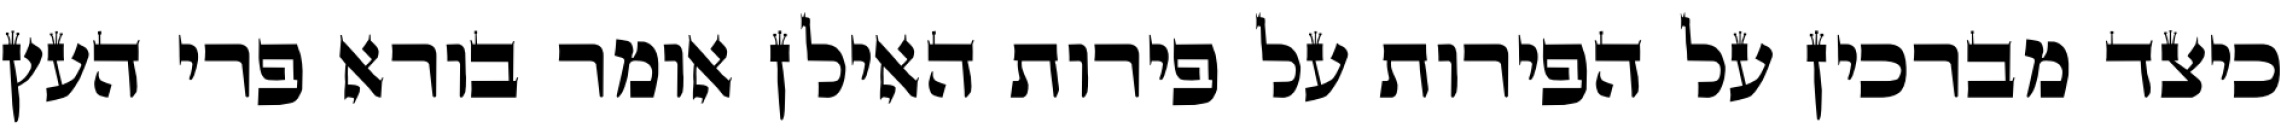
כיצד מברכין על הפירות על פירות האילן אומר בורא פרי העץ